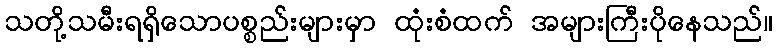
သတို့သမီးရရှိသောပစ္စည်းများမှာ ထုံးစံထက် အများကြီးပိုနေသည်။